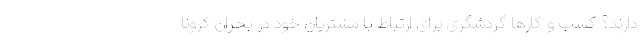
دارند؟ کسب و کار‌ها گردشگری برای ارتباط با مشتریان خود در بحران کرونا